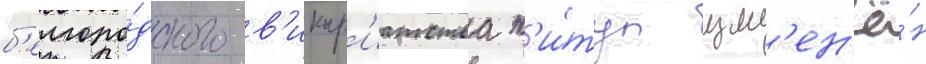
б'елгоро́дского в'икар'иатства т'и́тул изм'ен'ё́н